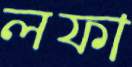
লফা